Annual report on the health of the army in India
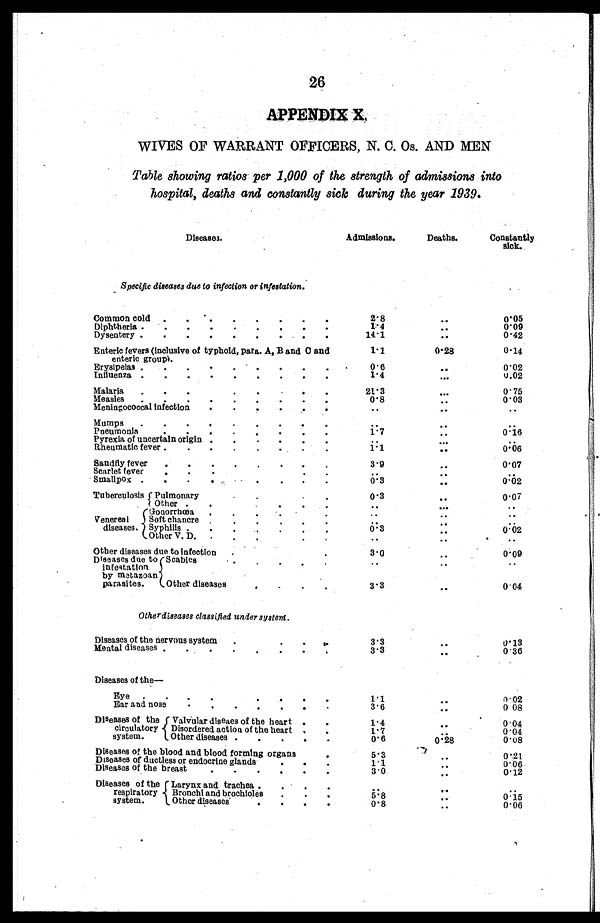
26
APPENDIX X
.
WIVES OF WARRANT OFFICERS, N. C. Os. AND MEN
Table showing ratios per 1,000 of the strength, of admissions into
hospital, deaths and constantly sick during the year 1939.
D i s e a s e s .
Admissions.
Deat hs.
Constantly
sick.
Specific diseases due to infection or infestation.
Common cold
2 . 8
. .
0 . 0 5
Diphtheria
1 . 4
. .
0'09
Dysentery
1 4 . 1
. .
0 . 4 2
Enteric fevers (inclusive of typhoid, para. A, B and C and
enteric groups.
1.1
0.28
0.14
Erysipelas
0.6
. .
0.02
Influenza
1.4
. . .
0.02
Malaria
21.3
. . .
0.75
Measles
0.8
. .
0.03
Meningococcal infection
. .
. .
. .
Mumps
. .
. .
. .
Pneumonia
1. 7
. .
0.16
Pyrexia of uncertain origin
. .
. .
. .
Rheumatic fever
1.1
. .
0.06
Sandfiy fever
3.9
. .
0.07
Scarlet fever
. .
. .
. .
Smallpox
0. 3
. .
0.02
Tuberculosis Pulmonary
0.3
. .
0.07
O t h e r
. .
. .
. .
Venereal
diseases.
Gonorrhœa
. .
. .
. .
Soft chancre
. .
. .
. .
Syphilis
0. 3
. .
0.02
Other V. D.
. .
. .
..
Other diseases due to Infection
3.0
. .
0.09
Diseases due to
infestation
by metazoan
parasites.
Scabies
. .
. .
. .
Other diseases
3.3
. .
0.04
Otherdiseases classified under system.
Diseases of the nervous system
3.3
. .
0.13
Mental diseases
3.3
. .
0.36
Diseases of the—
Eye
1.1
. .
0.02
Ear and nose
3.6
. .
0.08
Diseases of the
circulatory
system.
Valvular diseaes of the heart
1.4
. .
0.04
Disordered action of the heart
1 . 7
. .
0.04
Other diseases
0.6
0.28
0.08
Diseases of the blood and blood forming organs
5.3
. .
0.21
Diseases of ductless or endocrine glands
1.1
. .
0.06
Diseases of the breast
3.0
.
.
0.12
Diseases of the
respiratory
system.
Larynx and trachea
. .
. .
. .
Bronchi and brochioles
. .
.
5.8
0.15
Other diseases
0. 8
. .
0.06